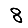
Digit: 8